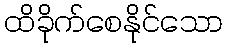
ထိခိုက်စေနိုင်သော